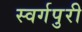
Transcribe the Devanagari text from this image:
स्वर्गपुरी